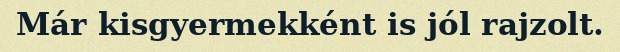
Már kisgyermekként is jól rajzolt.